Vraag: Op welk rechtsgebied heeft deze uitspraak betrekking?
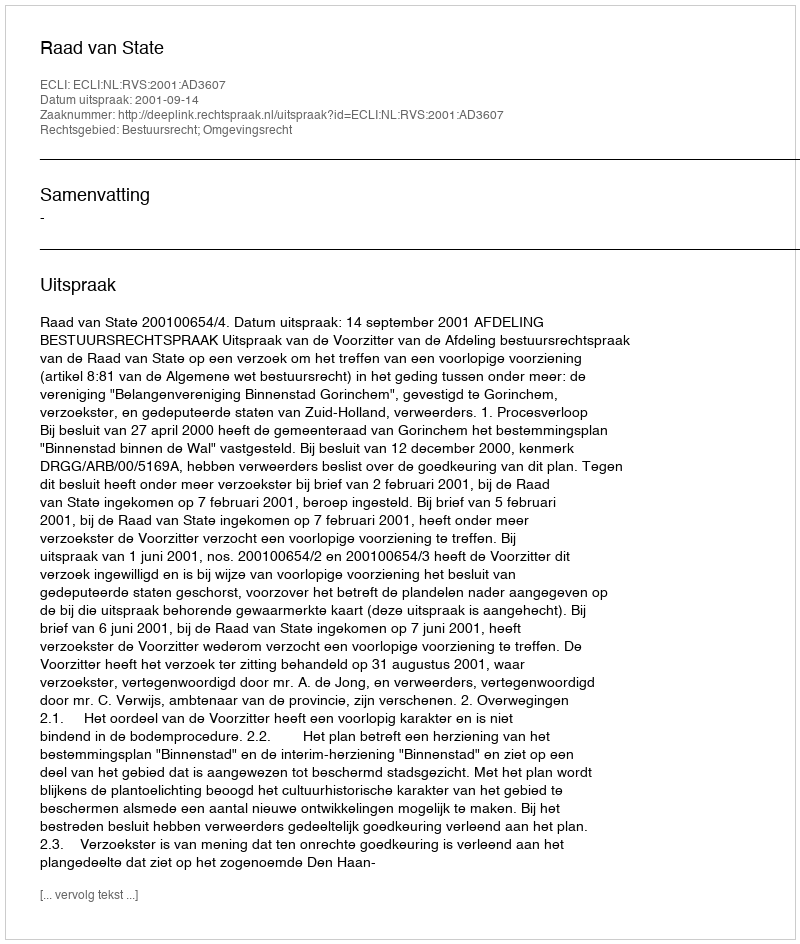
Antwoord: Bestuursrecht; Omgevingsrecht